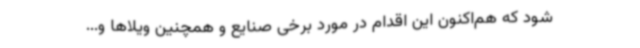
شود که هم‌اکنون این اقدام در مورد برخی صنایع و همچنین ویلاها و...